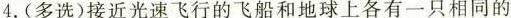
4.(多选)接近光速飞行的飞船和地球上各有一只相同的